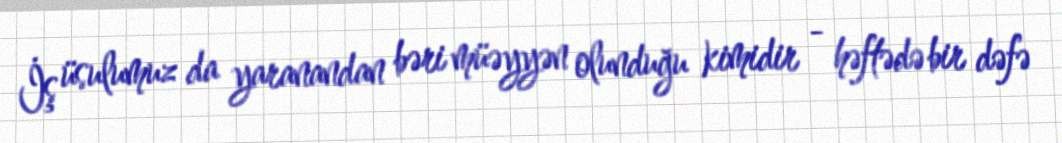
İş üsulumuz da yaranandan bəri müəyyən olunduğu kimidir - həftədə bir dəfə